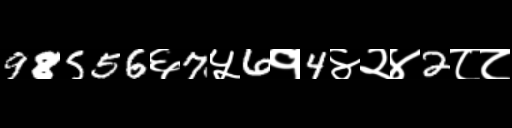
Text: 98556६7५6१4४२४2८८